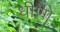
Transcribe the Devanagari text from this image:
धीणो